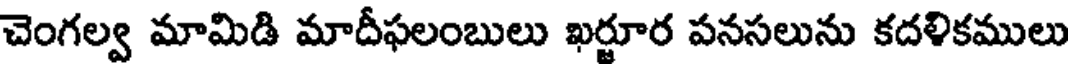
చెంగల్వ మామిడి మాదీఫలంబులు ఖర్జూర పనసలును కదళికములు